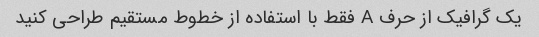
یک گرافیک از حرف A فقط با استفاده از خطوط مستقیم طراحی کنید